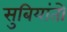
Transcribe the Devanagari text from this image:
सुबियांतो